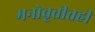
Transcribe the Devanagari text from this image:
मनोवृत्तीतही